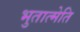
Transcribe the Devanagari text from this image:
भुतात्मेति